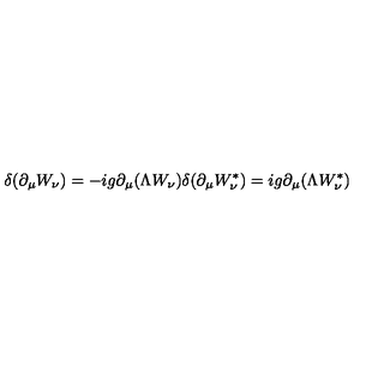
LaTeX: \delta ( \partial _ { \mu } W _ { \nu } ) = - i g \partial _ { \mu } ( \Lambda W _ { \nu } ) \delta ( \partial _ { \mu } W _ { \nu } ^ { \ast } ) = i g \partial _ { \mu } ( \Lambda W _ { \nu } ^ { \ast } )